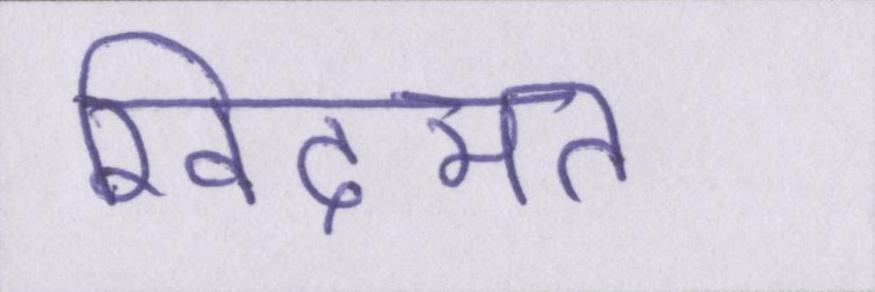
खिदमत